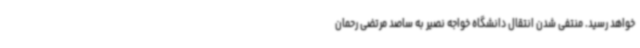
خواهد رسید. منتفی شدن انتقال دانشگاه خواجه نصیر به ساصد مرتضی رحمان